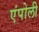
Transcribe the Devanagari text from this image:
एंपोली